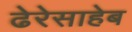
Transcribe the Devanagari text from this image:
ढेरेसाहेब